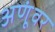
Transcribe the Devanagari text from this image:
अणूंवर